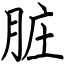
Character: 脏